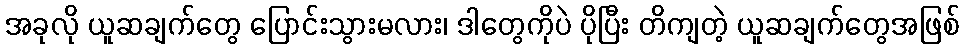
အခုလို ယူဆချက်တွေ ပြောင်းသွားမလား၊ ဒါတွေကိုပဲ ပိုပြီး တိကျတဲ့ ယူဆချက်တွေအဖြစ်